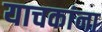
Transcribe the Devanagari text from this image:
याचकांना